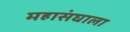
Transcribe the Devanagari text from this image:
महासंघाला